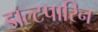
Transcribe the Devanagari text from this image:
डाल्टपारिन